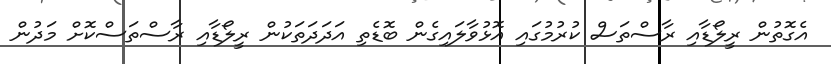
އެގޮތުން ރީލޯޑާއި ރާސްތަސް ކުރުމުގައި އޮޅުވާލައިގެން ބޮޑެތި އަދަދަތަކުން ރީލޯޑާއި ރާސްތަސްކޮށް މަދުން